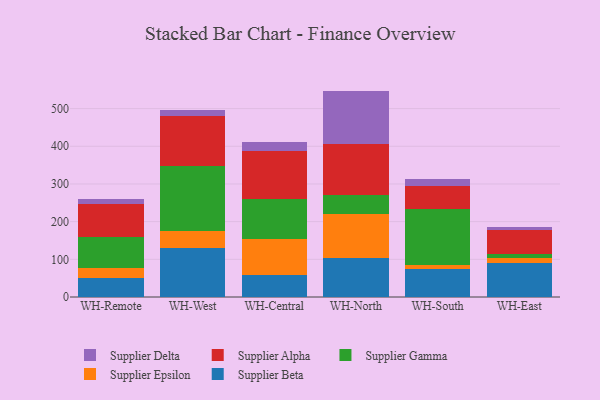
{"axis": {"x": "Warehouse", "y": "Satisfaction Score"}, "legend": ["Supplier Alpha", "Supplier Beta", "Supplier Delta", "Supplier Epsilon", "Supplier Gamma"], "data": [{"x": "WH-Remote", "y": 49.2, "type": "Supplier Beta"}, {"x": "WH-Remote", "y": 26.5, "type": "Supplier Epsilon"}, {"x": "WH-Remote", "y": 82.3, "type": "Supplier Gamma"}, {"x": "WH-Remote", "y": 89.7, "type": "Supplier Alpha"}, {"x": "WH-Remote", "y": 13.6, "type": "Supplier Delta"}, {"x": "WH-West", "y": 129.7, "type": "Supplier Beta"}, {"x": "WH-West", "y": 45.9, "type": "Supplier Epsilon"}, {"x": "WH-West", "y": 173.4, "type": "Supplier Gamma"}, {"x": "WH-West", "y": 131.1, "type": "Supplier Alpha"}, {"x": "WH-West", "y": 15.4, "type": "Supplier Delta"}, {"x": "WH-Central", "y": 57.4, "type": "Supplier Beta"}, {"x": "WH-Central", "y": 97.0, "type": "Supplier Epsilon"}, {"x": "WH-Central", "y": 105.2, "type": "Supplier Gamma"}, {"x": "WH-Central", "y": 127.2, "type": "Supplier Alpha"}, {"x": "WH-Central", "y": 24.3, "type": "Supplier Delta"}, {"x": "WH-North", "y": 104.6, "type": "Supplier Beta"}, {"x": "WH-North", "y": 116.5, "type": "Supplier Epsilon"}, {"x": "WH-North", "y": 48.3, "type": "Supplier Gamma"}, {"x": "WH-North", "y": 136.4, "type": "Supplier Alpha"}, {"x": "WH-North", "y": 141.3, "type": "Supplier Delta"}, {"x": "WH-South", "y": 73.0, "type": "Supplier Beta"}, {"x": "WH-South", "y": 11.0, "type": "Supplier Epsilon"}, {"x": "WH-South", "y": 149.8, "type": "Supplier Gamma"}, {"x": "WH-South", "y": 59.7, "type": "Supplier Alpha"}, {"x": "WH-South", "y": 18.4, "type": "Supplier Delta"}, {"x": "WH-East", "y": 89.5, "type": "Supplier Beta"}, {"x": "WH-East", "y": 14.6, "type": "Supplier Epsilon"}, {"x": "WH-East", "y": 10.7, "type": "Supplier Gamma"}, {"x": "WH-East", "y": 63.0, "type": "Supplier Alpha"}, {"x": "WH-East", "y": 7.0, "type": "Supplier Delta"}]}